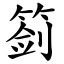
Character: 䈩